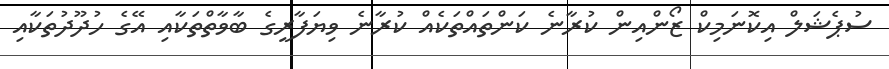
ސުޕެޝަލް އިކޮނަމިކް ޒޯންއިން ކުރާނެ ކަންތައްތަކެއް ކުރާނެ ވިޔަފާރީގެ ބާވާތްތަކާއި އޭގެ ހުދޫދުތަކާއި